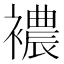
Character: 襛